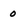
Character: 0